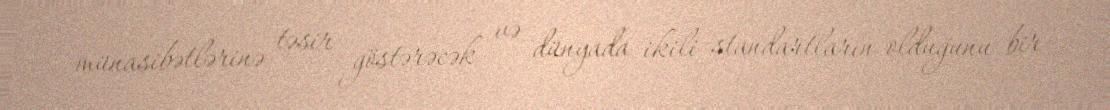
münasibətlərinə təsir göstərəcək və dünyada ikili standartların olduğunu bir